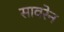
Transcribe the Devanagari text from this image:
सावरेन